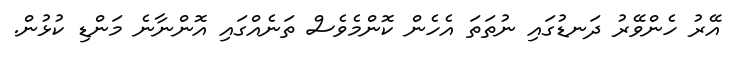
އޭރު ހެންވޭރު ދަނޑުގައި ނުތަތަ އެހެން ކޮންމެވެސް ތަނެއްގައި އޮންނާނެ މަންޑި ކުޅުން.